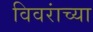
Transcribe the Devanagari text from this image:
विवरांच्या